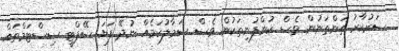
ސަރުކާރު ތަންތަނުން ވެސް ކުންފުނިތަކުން ވެސް ސަމާލުކަމެއް ނުދޭ ފަޔަ ސޭފްޓީ ސިސްޓަމްތައް